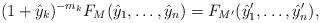
LaTeX: \begin{align*}(1 + \hat y_k)^{-m_k} F_M(\hat y_1, \dots, \hat y_n) = F_{M'}(\hat y_1', \dots, \hat y_n'),\end{align*}